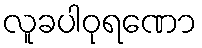
လူခပါဝုရဏော